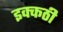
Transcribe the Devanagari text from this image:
इक्कठी